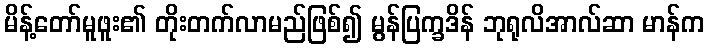
မိန့်တော်မူဖူး၏ တိုးတက်လာမည်ဖြစ်၍ မွန်ပြက္ခဒိန် ဘုရုလိအာလ်ဆာ မာန်က